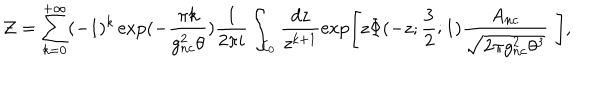
LaTeX: { \cal Z } = \sum _ { k = 0 } ^ { + \infty } ( - 1 ) ^ { k } \exp ( - \frac { \pi k } { g _ { n c } ^ { 2 } \theta } ) \frac { 1 } { 2 \pi i } \int _ { { \cal C } _ { 0 } } \frac { d z } { z ^ { k + 1 } } \exp \left[ z \Phi ( - z ; \frac { 3 } { 2 } ; 1 ) \frac { A _ { n c } } { \sqrt { 2 \pi g _ { n c } ^ { 2 } \theta ^ { 3 } } } \, \, \right] ,